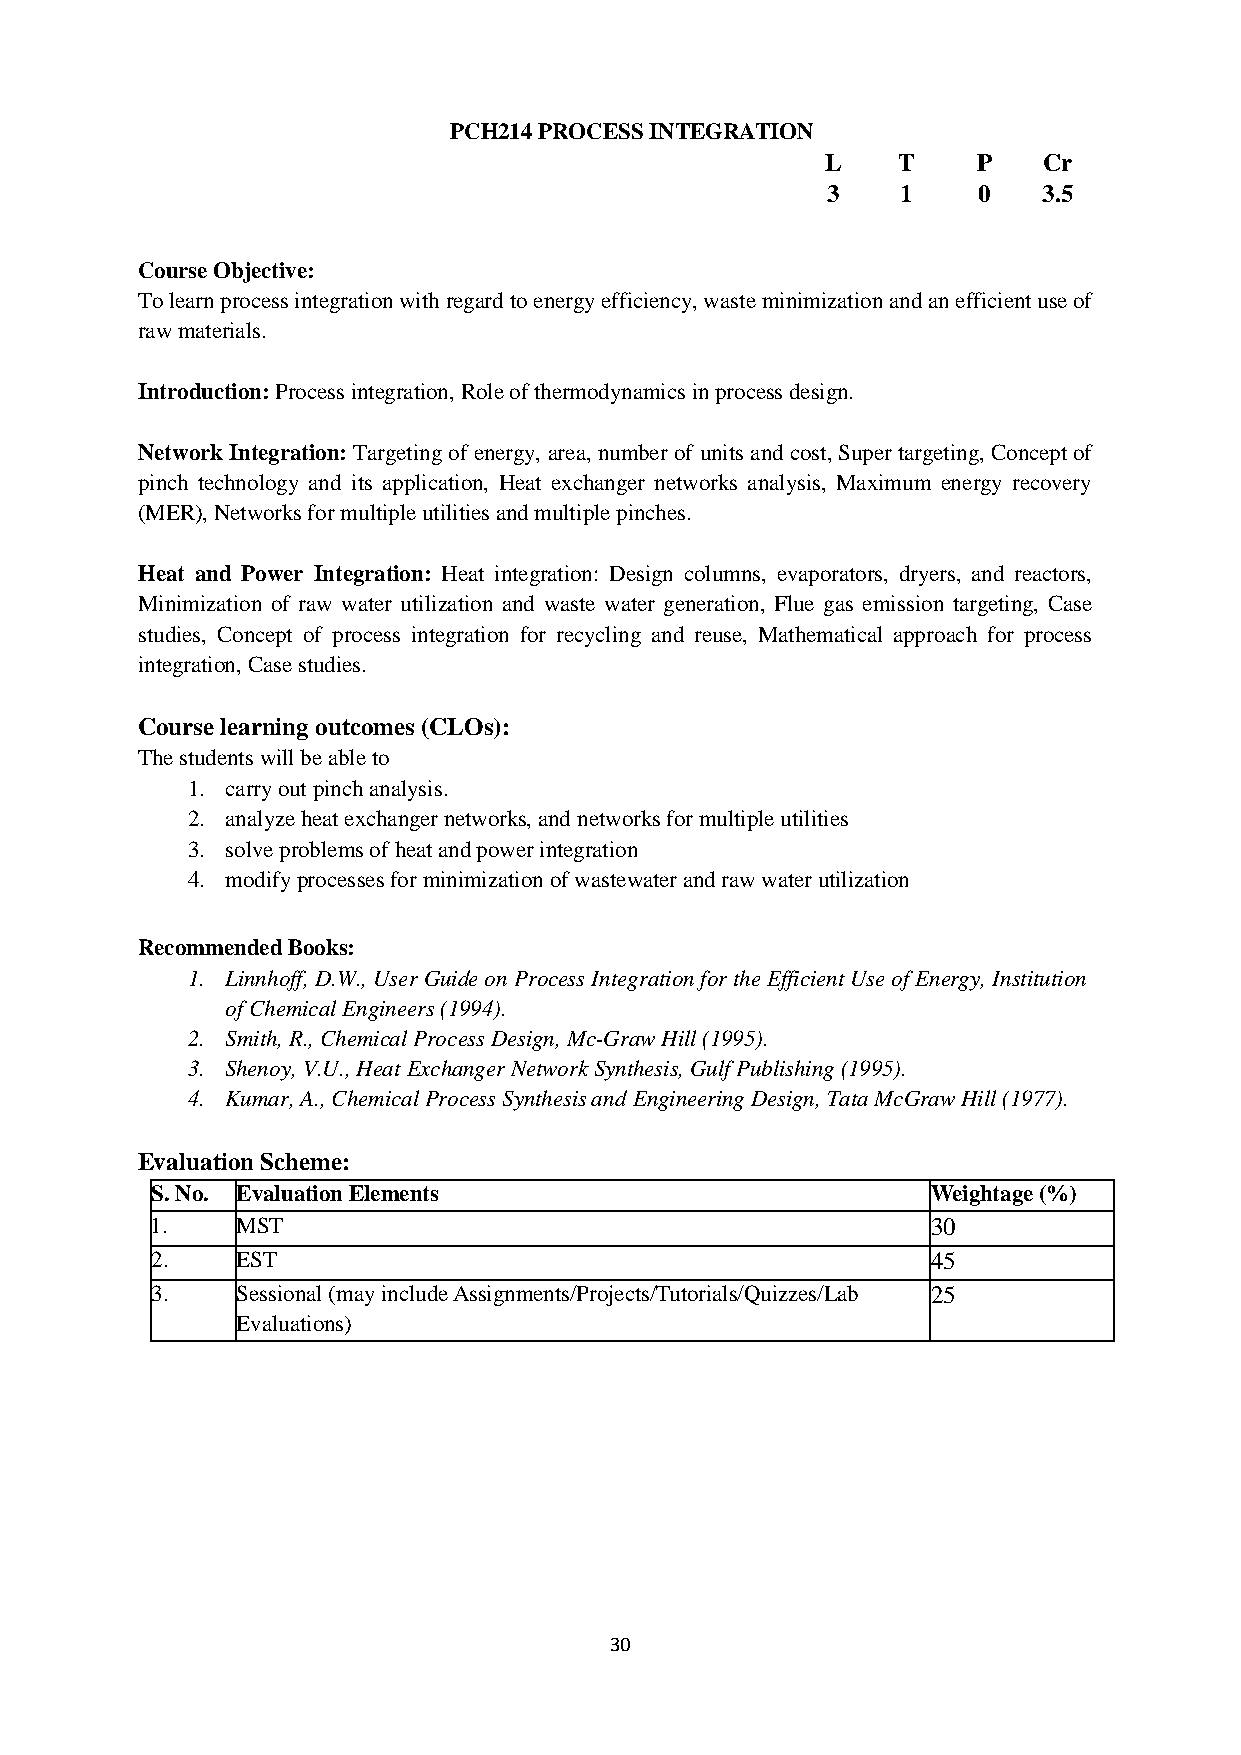
PCH214 PROCESS INTEGRATION
 L   T     P   Cr
 3    1    0   3.5
 Course Objective:
 To learn process integration with regard to energy efficiency, waste minimization and an efficient use of
 raw materials.
 Introduction: Process integration, Role of thermodynamics in process design.
 Network Integration: Targeting of energy, area, number of units and cost, Super targeting, Concept of
 pinch technology and its application, Heat exchanger networks analysis, Maximum energy recovery
 (MER), Networks for multiple utilities and multiple pinches.
 Heat and Power Integration: Heat integration: Design columns, evaporators, dryers, and reactors,
 Minimization of raw water utilization and waste water generation, Flue gas emission targeting, Case
 studies, Concept of process integration for recycling and reuse, Mathematical approach for process
 integration, Case studies.
 Course learning outcomes (CLOs):
 The students will be able to
 1. carry out pinch analysis.
 2. analyze heat exchanger networks, and networks for multiple utilities
 3. solve problems of heat and power integration
 4. modify processes for minimization of wastewater and raw water utilization
 Recommended Books:
 1. Linnhoff, D.W., User Guide on Process Integration for the Efficient Use of Energy, Institution
 of Chemical Engineers (1994).
 2. Smith, R., Chemical Process Design, Mc-Graw Hill (1995).
 3. Shenoy, V.U., Heat Exchanger Network Synthesis, Gulf Publishing (1995).
 4. Kumar, A., Chemical Process Synthesis and Engineering Design, Tata McGraw Hill (1977).
 Evaluation Scheme:
 S. No. Evaluation Elements                          Weightage (%)
 1.    MST                                           30
 2.    EST                                           45
 3.    Sessional (may include Assignments/Projects/Tutorials/Quizzes/Lab 25
 Evaluations)
 30